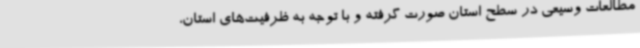
مطالعات وسیعی در سطح استان صورت گرفته و با توجه به ظرفیت‌های استان،